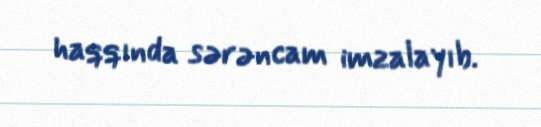
haqqında sərəncam imzalayıb.